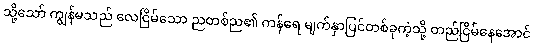
သို့သော် ကျွန်မသည် လေငြိမ်သော ညတစ်ည၏ ကန်ရေ မျက်နှာပြင်တစ်ခုကဲ့သို့ တည်ငြိမ်နေအောင်